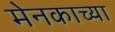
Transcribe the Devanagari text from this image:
मेनकाच्या